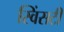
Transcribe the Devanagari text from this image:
स्विंसटी